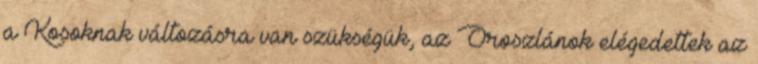
a Kosoknak változásra van szükségük, az Oroszlánok elégedettek az